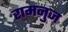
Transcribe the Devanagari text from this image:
रामनुज